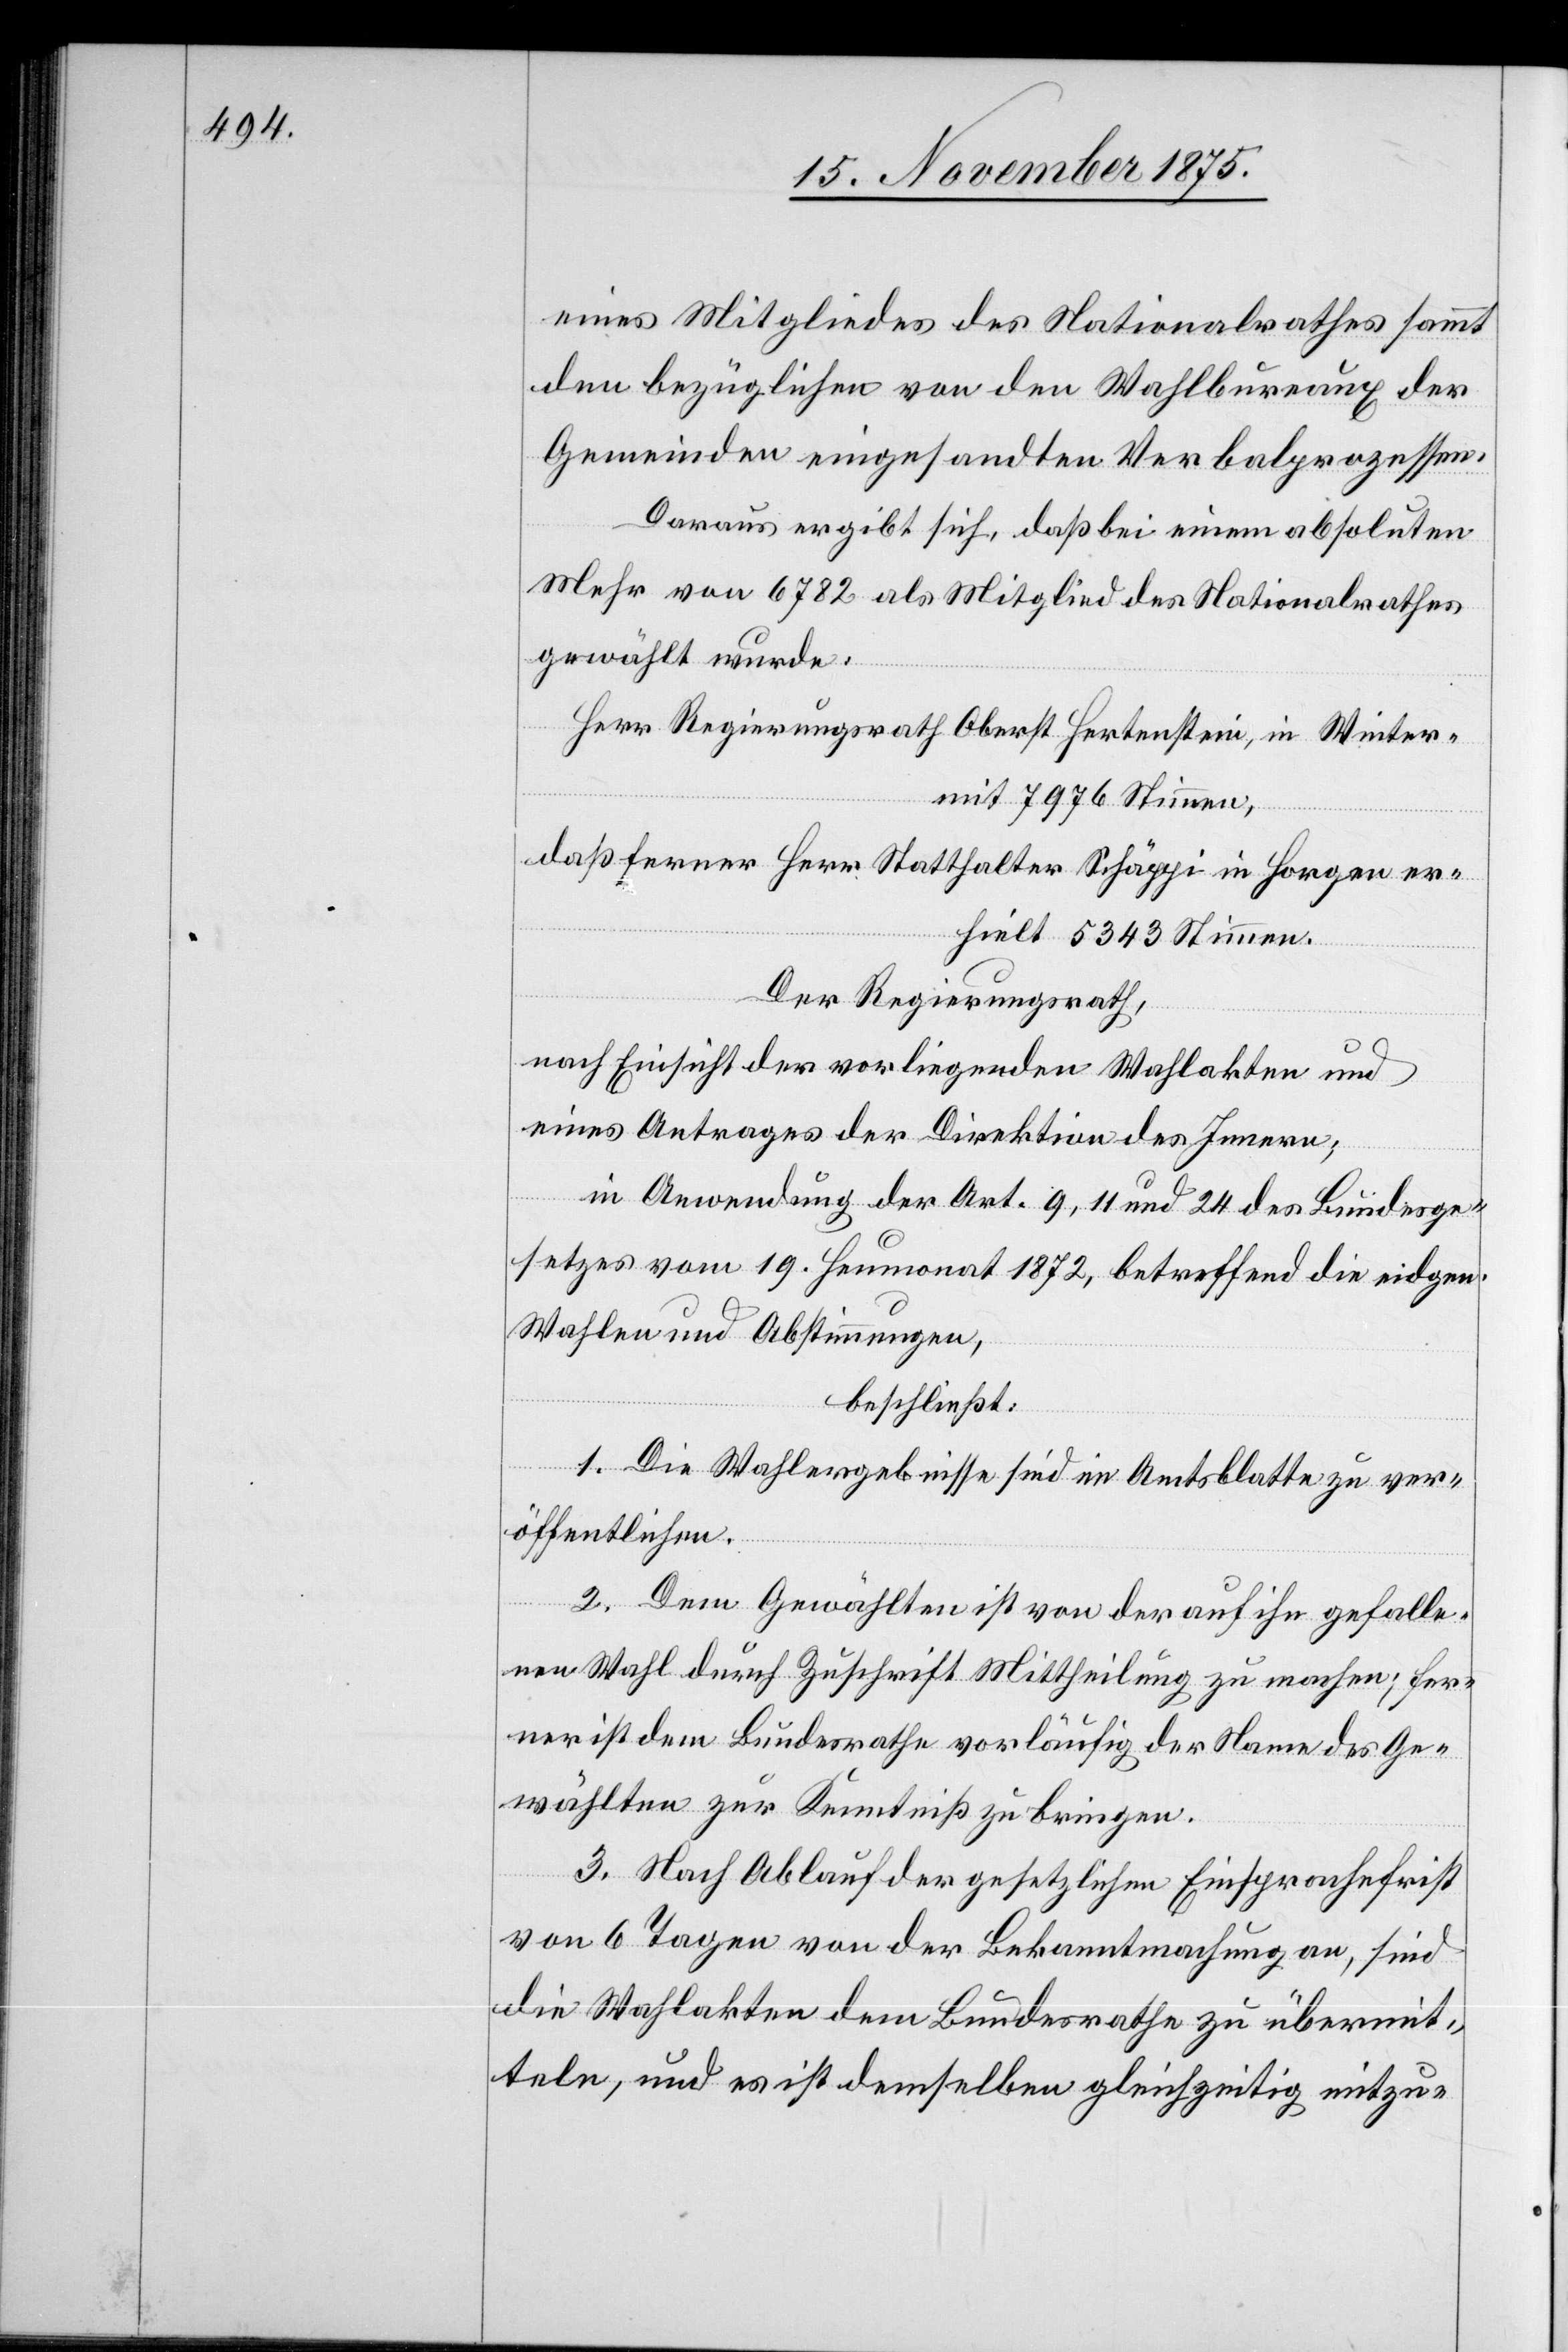
eines Mitgliedes des Nationalrathes sammt
den bezüglichen von den Wahlbureaux der
Gemeinden eingesandten Verbalprozessen.
Daraus ergibt sich, daß bei einem absoluten
Mehr von 6782 als Mitglied des Nationalrathes
gewählt wurde:
Herr Regierungsrath Oberst Hertenstein, in Winter[t¬
mit 7976 Stimmen,
daß ferner Herr Statthalter Schäppi in Horgen er¬
hielt 5343 Stimmen.
Der Regierungsrath,
nach Einsicht der vorliegenden Wahlakten und
eines Antrages der Direktion des Innern;
in Anwendung der Art. 9, 11 und 24 des Bundesge¬
setzes vom 19. Heumonat 1872, betreffend die eidgen.
Wahlen und Abstimmungen,
beschließt:
hur]
1. Die Wahlergebnisse sind im Amtsblatte zu ver¬
öffentlichen.
2. Dem Gewählten ist von der auf ihn gefalle¬
nen Wahl durch Zuschrift Mittheilung zu machen; fer¬
ner ist dem Bundesrathe vorläufig der Name des Ge¬
wählten zur Kenntniß zu bringen.
3. Nach Ablauf der gesetzlichen Einsprachefrist
von 6 Tagen von der Bekanntmachung an, sind
die Wahlakten dem Bundesrathe zu übermit¬
teln, und es ist demselben gleichzeitig mitzu-